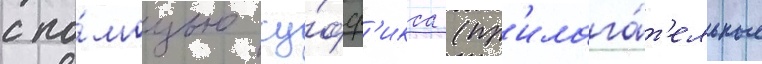
с по́мощью су́фф'икса (пр'илага́т'ельные